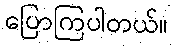
ပြောကြပါတယ်။